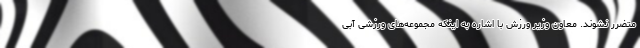
متضرر نشوند. معاون وزیر ورزش با اشاره به اینکه مجموعه‌های ورزشی آبی